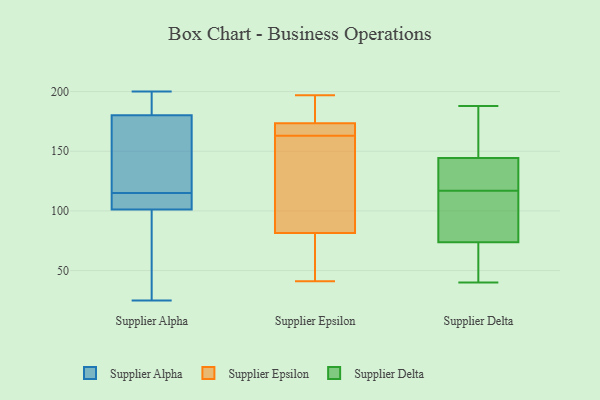
{"axis": {"x": "Population (Million)", "y": "Value"}, "legend": ["Supplier Alpha", "Supplier Delta", "Supplier Epsilon"], "data": [{"x": "", "y": 169, "type": "Supplier Alpha"}, {"x": "", "y": 32, "type": "Supplier Alpha"}, {"x": "", "y": 113, "type": "Supplier Alpha"}, {"x": "", "y": 161, "type": "Supplier Alpha"}, {"x": "", "y": 184, "type": "Supplier Alpha"}, {"x": "", "y": 25, "type": "Supplier Alpha"}, {"x": "", "y": 195, "type": "Supplier Alpha"}, {"x": "", "y": 101, "type": "Supplier Alpha"}, {"x": "", "y": 127, "type": "Supplier Alpha"}, {"x": "", "y": 195, "type": "Supplier Alpha"}, {"x": "", "y": 200, "type": "Supplier Alpha"}, {"x": "", "y": 115, "type": "Supplier Alpha"}, {"x": "", "y": 30, "type": "Supplier Alpha"}, {"x": "", "y": 114, "type": "Supplier Alpha"}, {"x": "", "y": 102, "type": "Supplier Alpha"}, {"x": "", "y": 50, "type": "Supplier Epsilon"}, {"x": "", "y": 41, "type": "Supplier Epsilon"}, {"x": "", "y": 166, "type": "Supplier Epsilon"}, {"x": "", "y": 101, "type": "Supplier Epsilon"}, {"x": "", "y": 191, "type": "Supplier Epsilon"}, {"x": "", "y": 197, "type": "Supplier Epsilon"}, {"x": "", "y": 159, "type": "Supplier Epsilon"}, {"x": "", "y": 75, "type": "Supplier Epsilon"}, {"x": "", "y": 165, "type": "Supplier Epsilon"}, {"x": "", "y": 176, "type": "Supplier Epsilon"}, {"x": "", "y": 163, "type": "Supplier Epsilon"}, {"x": "", "y": 52, "type": "Supplier Delta"}, {"x": "", "y": 117, "type": "Supplier Delta"}, {"x": "", "y": 188, "type": "Supplier Delta"}, {"x": "", "y": 133, "type": "Supplier Delta"}, {"x": "", "y": 146, "type": "Supplier Delta"}, {"x": "", "y": 128, "type": "Supplier Delta"}, {"x": "", "y": 154, "type": "Supplier Delta"}, {"x": "", "y": 76, "type": "Supplier Delta"}, {"x": "", "y": 139, "type": "Supplier Delta"}, {"x": "", "y": 40, "type": "Supplier Delta"}, {"x": "", "y": 73, "type": "Supplier Delta"}, {"x": "", "y": 81, "type": "Supplier Delta"}, {"x": "", "y": 87, "type": "Supplier Delta"}, {"x": "", "y": 150, "type": "Supplier Delta"}, {"x": "", "y": 56, "type": "Supplier Delta"}]}